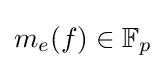
m_{e}(f)\in \mathbb {F} _{p}